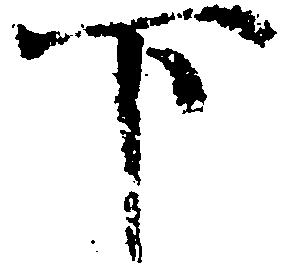
下